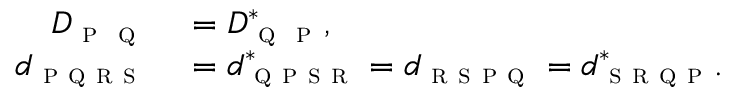
\begin{array} { r l } { D _ { \textsc { p } \textsc { q } } } & { { } = D _ { \textsc { q } \textsc { p } } ^ { * } , } \\ { d _ { \textsc { p q r s } } } & { { } = d _ { \textsc { q p s r } } ^ { * } = d _ { \textsc { r s p q } } = d _ { \textsc { s r q p } } ^ { * } . } \end{array}